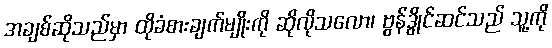
အချစ်ဆိုသည်မှာ ထိုခံစားချက်မျိုးကို ဆိုလိုသလော၊ ဗွန်ဒွိုင်ဆင်သည် သူ့ကို